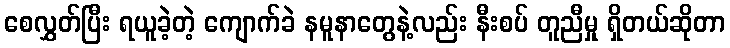
စေလွှတ်ပြီး ရယူခဲ့တဲ့ ကျောက်ခဲ နမူနာတွေနဲ့လည်း နီးစပ် တူညီမှု ရှိတယ်ဆိုတာ